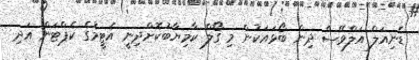
ޑެނިއަލް އަލްވޭސް ދިން ބޯޅައަކުން މި ގޯލް ކާމިޔާބުކޮށްދިނީ އެޓީމުގެ ކެޕްޓަން އަދި